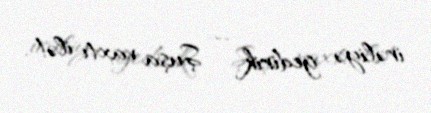
irəliyə gedirik – Şuşa vaxtı ilə!.